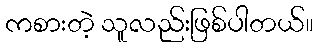
ကစားတဲ့ သူလည်းဖြစ်ပါတယ်။